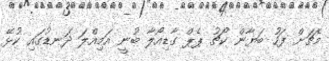
މެޗަށް ފަހު ބަޔާން ކޯޗު ޕެޕް ގާޑިއޯލާ ބުނީ އަމިއްލަ ދަނޑުގައި ކުޅޭ